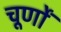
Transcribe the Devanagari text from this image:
चूर्णों